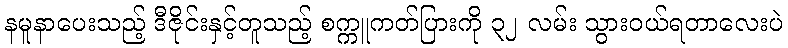
နမူနာပေးသည့် ဒီဇိုင်းနှင့်တူသည့် စက္ကူကတ်ပြားကို ၃၂ လမ်း သွားဝယ်ရတာလေးပဲ